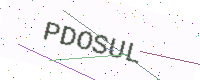
Text: PDOSUL